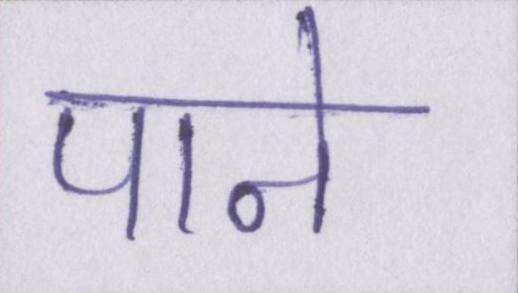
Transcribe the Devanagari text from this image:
पाने